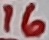
Text: 16